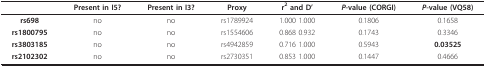
<table><thead><tr><td></td><td><b>Present in I5?</b></td><td><b>Present in I3?</b></td><td><b>Proxy</b></td><td><b>r<sup>2 </sup>and D&#x27;</b></td><td><b><i>P</i>-value (CORGI)</b></td><td><b><i>P</i>-value (VQ58)</b></td></tr></thead><tbody><tr><td><b>rs698</b></td><td>no</td><td>no</td><td>rs1789924</td><td>1.000 1.000</td><td>0.1806</td><td>0.1658</td></tr><tr><td><b>rs1800795</b></td><td>no</td><td>no</td><td>rs1554606</td><td>0.868 0.932</td><td>0.1743</td><td>0.3346</td></tr><tr><td><b>rs3803185</b></td><td>no</td><td>no</td><td>rs4942859</td><td>0.716 1.000</td><td>0.5943</td><td><b>0.03525</b></td></tr><tr><td><b>rs2102302</b></td><td>no</td><td>no</td><td>rs2730351</td><td>0.853 1.000</td><td>0.1447</td><td>0.4666</td></tr></tbody></table>